Report on vaccination North-West Frontier Province 1904-1922 - 1904-1922
Year: 1904
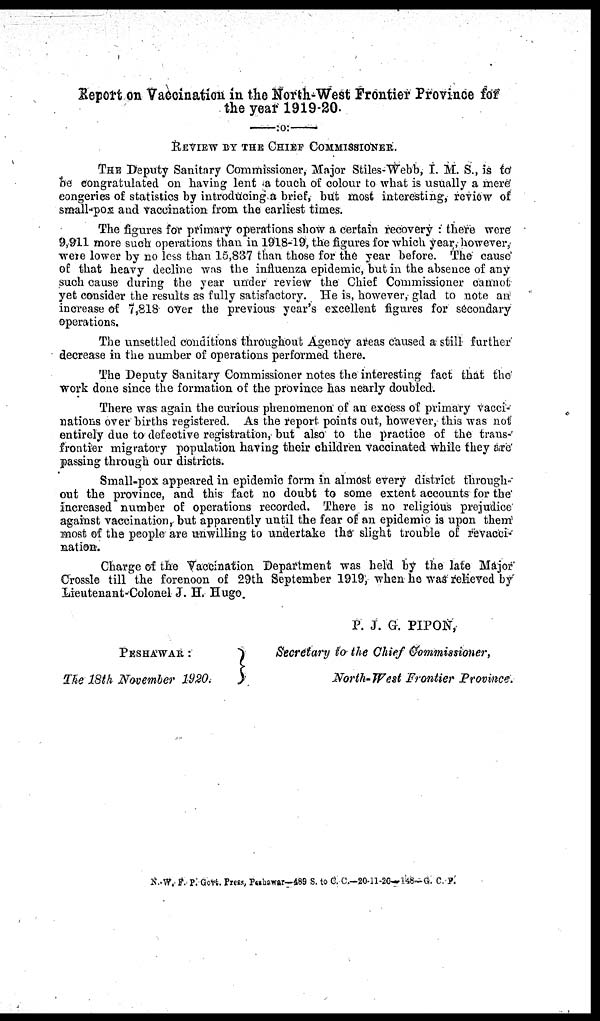
Report on Vaccination in the North-West Frontier Province for
the year 1919-20.
REVIEW BY THE CHIEF COMMISSIONER.
THE Deputy Sanitary Commissioner, Major Stiles-Webb, I. M. S., is to
be congratulated on having lent a touch of colour to what is usually a mere
congeries of statistics by introducing a brief, but most interesting, review of
small-pox and vaccination from the earliest times.
The figures for primary operations show a certain recovery: there were
9,911 more such operations than in 1918-19, the figures for which year, however,
were lower by no less than 15,837 than those for the year before. The cause
of that heavy decline was the influenza epidemic, but in the absence of any
such cause during the year under review the Chief Commissioner cannot
yet consider the results as fully satisfactory. He is, however, glad to note an
increase of 7,818 over the previous year's excellent figures for secondary
operations.
The unsettled conditions throughout Agency areas caused a still further
decrease in the number of operations performed there.
The Deputy Sanitary Commissioner notes the interesting fact that the
work done since the formation of the province has nearly doubled.
There was again the curious phenomenon of an excess of primary vacci¬
nations over births registered. As the report points out, however, this was not
entirely due to defective registration, but also to the practice of the trans¬
frontier migratory population having their children vaccinated while they are
passing through our districts.
Small-pox appeared in epidemic form in almost every district through-
out the province, and this fact no doubt to some extent accounts for the
increased number of operations recorded. There is no religious prejudice
against vaccination, but apparently until the fear of an epidemic is upon them
most of the people are unwilling to undertake the slight trouble of revacci¬
nation.
Charge of the Vaccination Department was held by the late Major
Crossle till the forenoon of 29th September 1919, when he was relieved by
Lieutenant-Colonel J. H. Hugo.
P. J. G. PIPON,
PESHAWAR :
The 18th November 1920.
Secretary to the Chief Commissioner,
North-West Frontier Province.